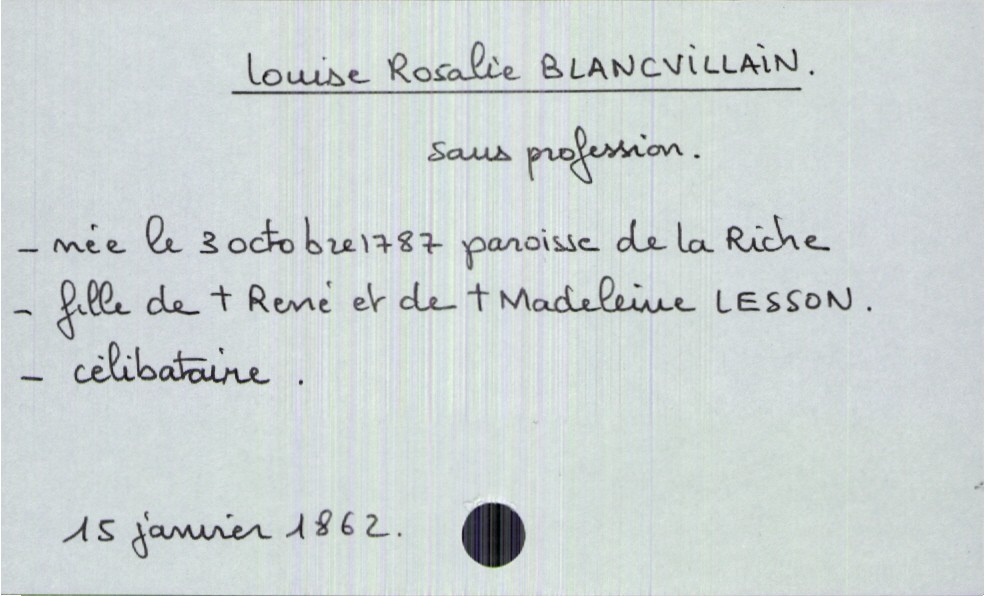
type_acte: Décès
année: 1862
mois: janvier
jour: 15
défunt_nom: Blancvillain
défunt_prénom: Louise Rosalie
défunt_sexe: F
défunt_profession: sans profession
défunt_date_de_naissance: 3 octobre 1787
défunt_lieu_de_naissance: paroisse de La Riche
défunt_statut: célibataire
père_défunt_nom: Blancvillain
père_défunt_prénom: René
père_défunt_statut: décédé
mère_défunt_nom: Lesson
mère_défunt_prénom: Madeleine
mère_défunt_statut: décédée